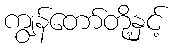
ကျွန်တော်တို့နှင့်